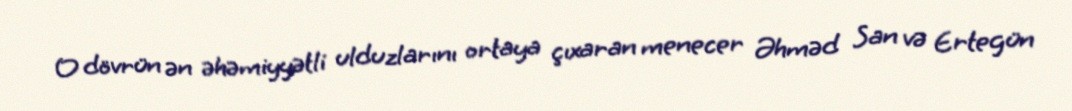
O dövrün ən əhəmiyyətli ulduzlarını ortaya çıxaran menecer Əhməd San və Ertegün